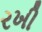
રખી